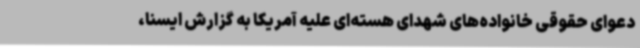
دعوای حقوقی خانواده‌های شهدای هسته‌ای علیه آمریکا به گزارش ایسنا،